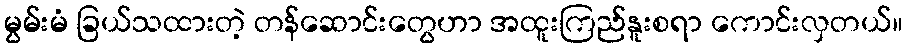
မွမ်းမံ ခြယ်သထားတဲ့ တန်ဆောင်းတွေဟာ အထူးကြည်နူးစရာ ကောင်းလှတယ်။